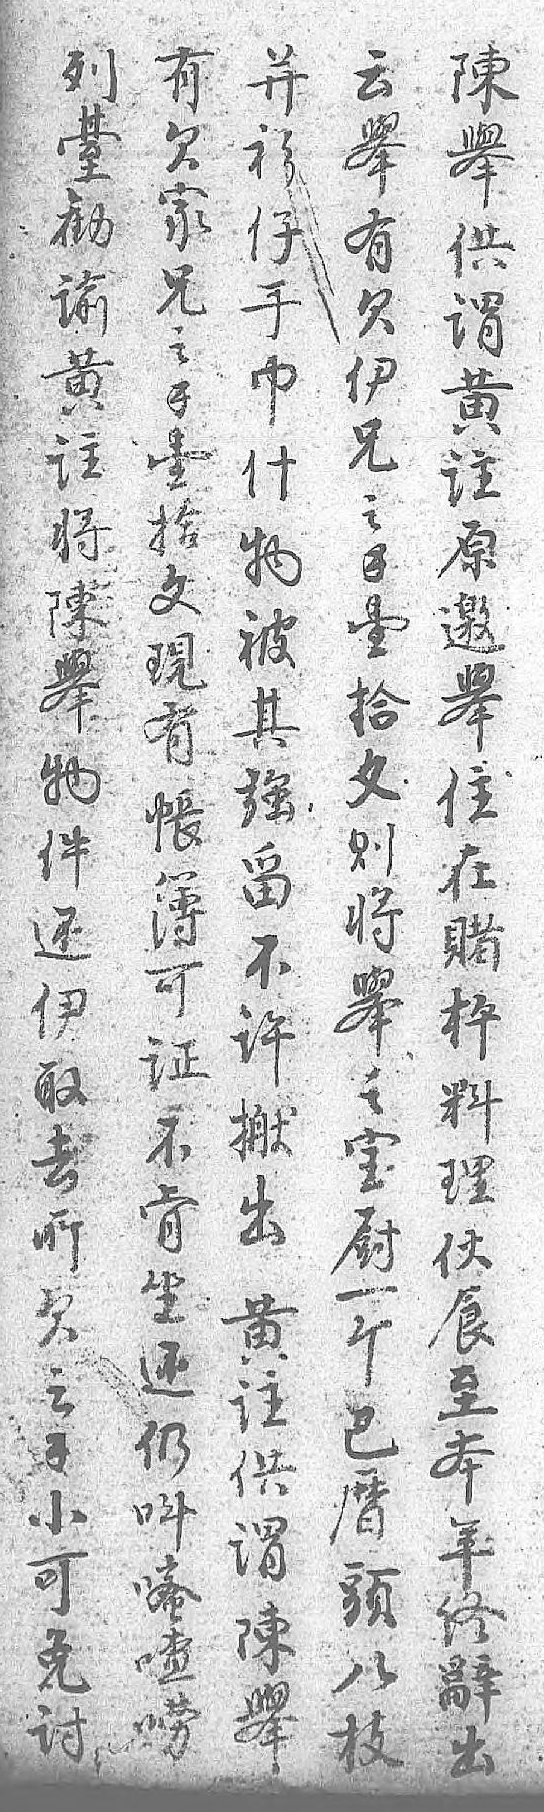
有并云列陳欠衫舉𦤼舉家仔有勧供兄手欠谕谓之巾伊黄黄錢什兄註註壹物之将原拾被錢陳邀文其壹舉舉現強拾物住有留文件在帳不则还賭簿许将伊枰可搬舉取料证出之去理不黄宝所伙肯註厨欠食坐供一之至还谓个錢本仍陳巴小年叫舉暦可终嘧 頭免辭喳 八讨出唠 枝